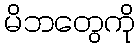
မိဘတွေကို